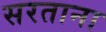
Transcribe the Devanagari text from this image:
सरताना